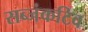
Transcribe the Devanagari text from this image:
सब्जंकटिव